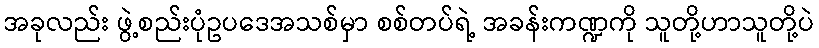
အခုလည်း ဖွဲ့စည်းပုံဥပဒေအသစ်မှာ စစ်တပ်ရဲ့ အခန်းကဏ္ဍကို သူတို့ဟာသူတို့ပဲ